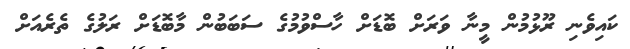
ކައިވެނި ރޫޅުމުން މީނާ ވަރަށް ބޮޑަށް ހާސްވުމުގެ ސަބަބުން މާބޮޑަށް ރަލުގެ ތެރެއަށް